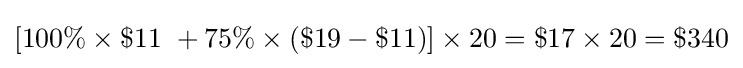
\left[100\%\times \$11\ +75\%\times \left(\$19-\$11\right)\right]\times 20=\$17\times 20=\$340